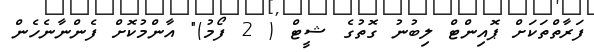
ފަރާތްތަކަށް ޕޮއިންޓް ލިބުނު ގޮތުގެ ޝީޓް ( 2 ފޯމު)" އާންމުކޮށް ފެންނާނެހެން